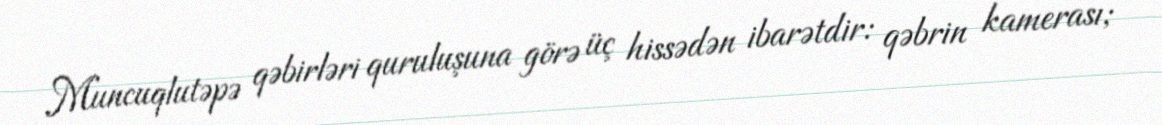
Muncuqlutəpə qəbirləri quruluşuna görə üç hissədən ibarətdir: qəbrin kamerası;